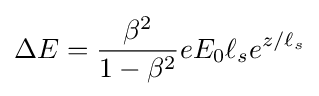
\Delta E={\frac {\beta ^{2}}{1-\beta ^{2}}}eE_{0}\ell _{s}e^{z/\ell _{s}}